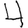
Digit: 4